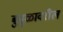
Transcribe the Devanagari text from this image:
बुबुळावरील